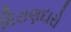
ધિરાણદારો